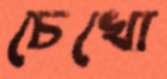
চেখো